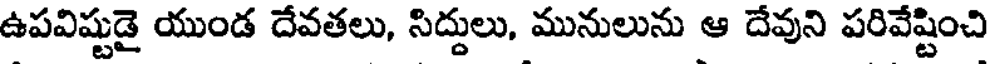
ఉపవిష్టుడై యుండ దేవతలు, సిద్దులు, మునులును ఆ దేవుని పరివేష్టించి